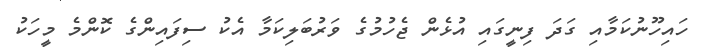
ހައިހޫނުކަމާއި ގަދަ ފިނީގައި އުޅެން ޖެހުމުގެ ވަރުބަލިކަމާ އެކު ސިފައިންގެ ކޮންމެ މީހަކު